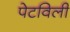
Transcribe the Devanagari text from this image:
पेटविली